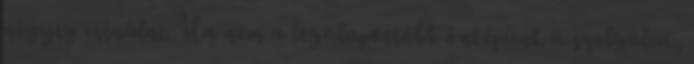
négyig csinálni. Ha nem a legalapvetőbb önképünk a szolgálat,